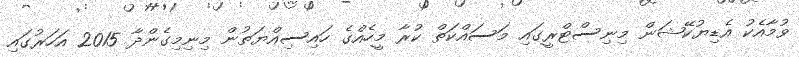
ވުމާއެކު އެޑިޔުކޭޝަން މިނިސްޓްރީގައި މަސައްކަތް ކުރާ މީހެއްގެ ހައިސިއްޔަތުން މިނިމިގެންދާ 2015 އަހަރުގައި